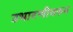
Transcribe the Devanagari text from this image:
उभारणीवरुन